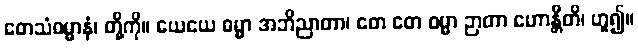
တေသံဓမ္မာနံ၊ တို့ကို။ ယေယေ ဓမ္မာ အဘိညာတာ၊ တေ တေ ဓမ္မာ ဉာတာ ဟောန္တီတိ၊ ဟူ၍။